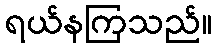
ရယ်နကြသည်။